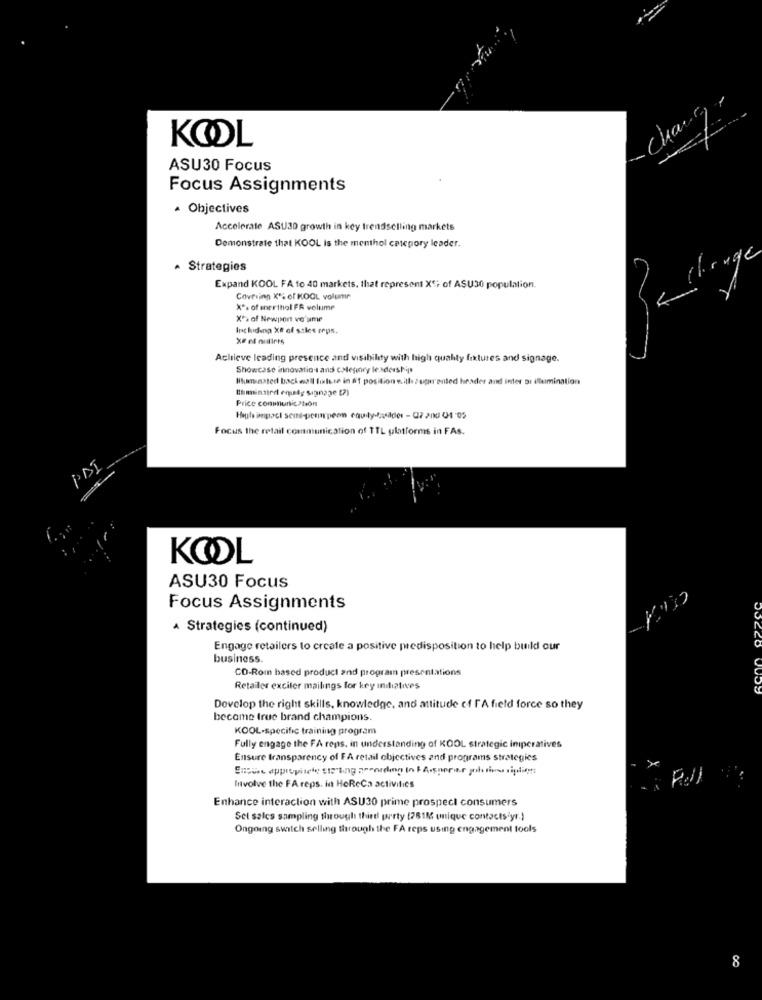
Chang
KOL
ASU30 Focus
Focus Assignments
· Objectives
Accelerate ASU30 growth in key trendselling markets
Demonstrate that KOOL Is the menthol category leader.
change
· Strategies
Expand KOOL FA fo 40 markets, that represent X *; of ASU30 population.
Covering X': of KOOL volume
X's of enerthol FR volume
X*> of Newport vo'sme
Including XE of sales reps.
X# rf nistirts
Achieve leading presence and visibility with high quality fixtures and signage.
Showcase innovations and CMeginwy leadership
Hunated back esil filese in N'T position with sugar'ented header and inter Di illumination
Price communication
Focus the retail communication of 1TL platforms in FAs.
PAT
KOOL
ASU30 Focus
Focus Assignments
A Strategies (continued)
Engage retailers to create a positive predisposition to help build our
business.
CD-Rom based product and program presentations
Retailer exciter mailings for key initiatives
Develop the right skills, knowledge, and attitude of FA field force so they
become true brand champions.
KOOL-specific training program
Fully engage the FA reps. in understanding of KOOL strategic iniperatives
Ensure transparency of FA retail objectives and programs strategies
Involve the FA reps. in HoReCa activities
Enhance interaction with ASU30 prime prospect consumers
Set salcs sampling through third party (781M (nique contacts yr.)
Ongoing switch selling through the FA reps using engagement tools
8